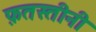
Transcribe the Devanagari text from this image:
फ़तस्तीनी